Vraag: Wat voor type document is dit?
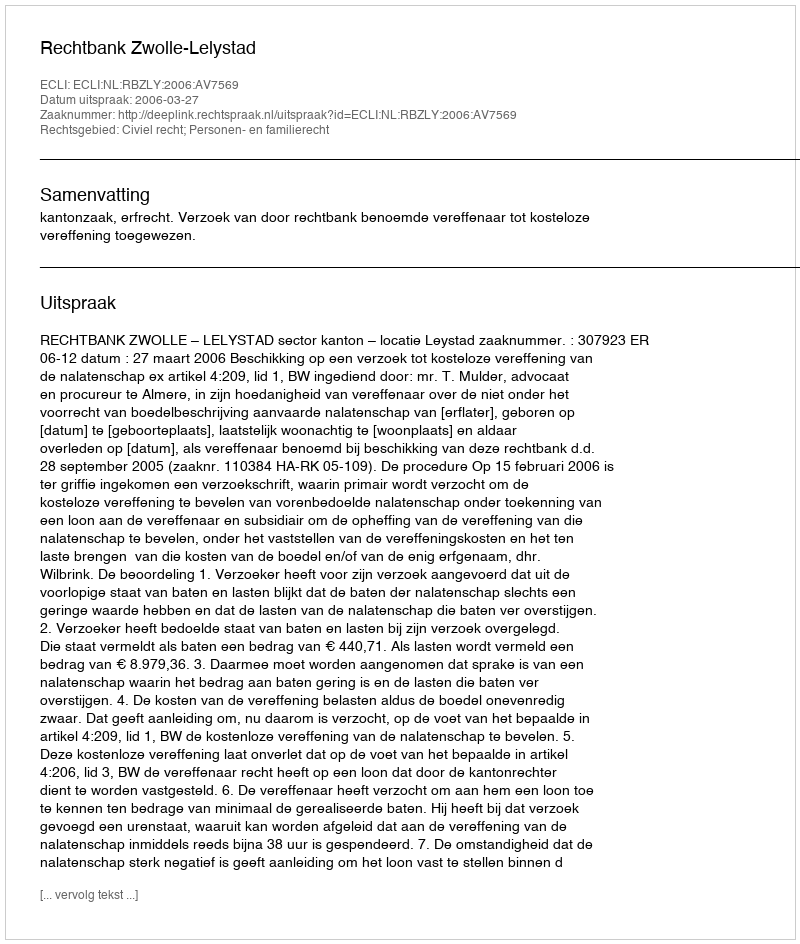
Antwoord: Uitspraak